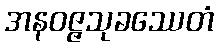
အနဝဇ္ဇသုခဿေတံ